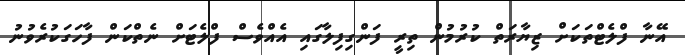
އޭނާ ފްލެޓްތަކަށް ޒިޔާރަތް ކުރުމުން ތިރީ ފަންގިފިލާގައި އެއްވެސް ފްލެޓަށް ނެތްކަން ފާހަގަކުރެވުނު